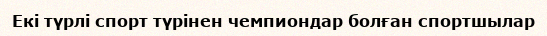
Екі түрлі спорт түрінен чемпиондар болған спортшылар